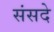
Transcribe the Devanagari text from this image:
संसदे